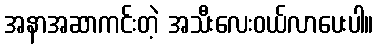
အနာအဆာကင်းတဲ့ အသီးလေးဝယ်လာပေးပါ။